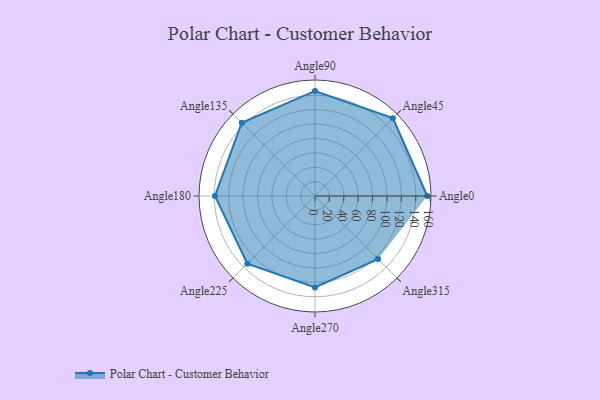
{"axis": {"x": "Angle", "y": "Radius"}, "legend": [""], "data": [{"x": "Angle0", "y": 156.0, "type": ""}, {"x": "Angle45", "y": 153.0, "type": ""}, {"x": "Angle90", "y": 146.0, "type": ""}, {"x": "Angle135", "y": 144.0, "type": ""}, {"x": "Angle180", "y": 139.0, "type": ""}, {"x": "Angle225", "y": 133.0, "type": ""}, {"x": "Angle270", "y": 127.0, "type": ""}, {"x": "Angle315", "y": 124.0, "type": ""}]}